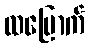
ထမြောက်